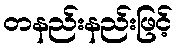
တနည်းနည်းဖြင့်